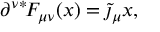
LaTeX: \partial ^ { \nu } { } ^ { * } \! F _ { \mu \nu } ( x ) = \tilde { \jmath } _ { \mu } { x } ,